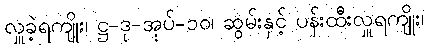
လှူခဲ့ရကျိုး၊ ဋ္ဌ-ဒု-အုပ်-၁၀၊ ဆွမ်းနှင့် ပန်းထီးလှူရကျိုး၊